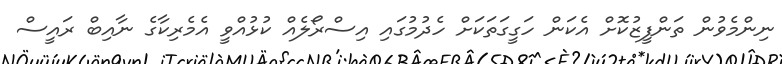
ނިންމެވުން ތަންފީޒުކޮށް އެކަން ހަގީގަތަކަށް ހެދުމުގައި އިސްރޯލެއް ކުޅުއްވީ އެމެރިކާގެ ނާއިބް ރައީސް